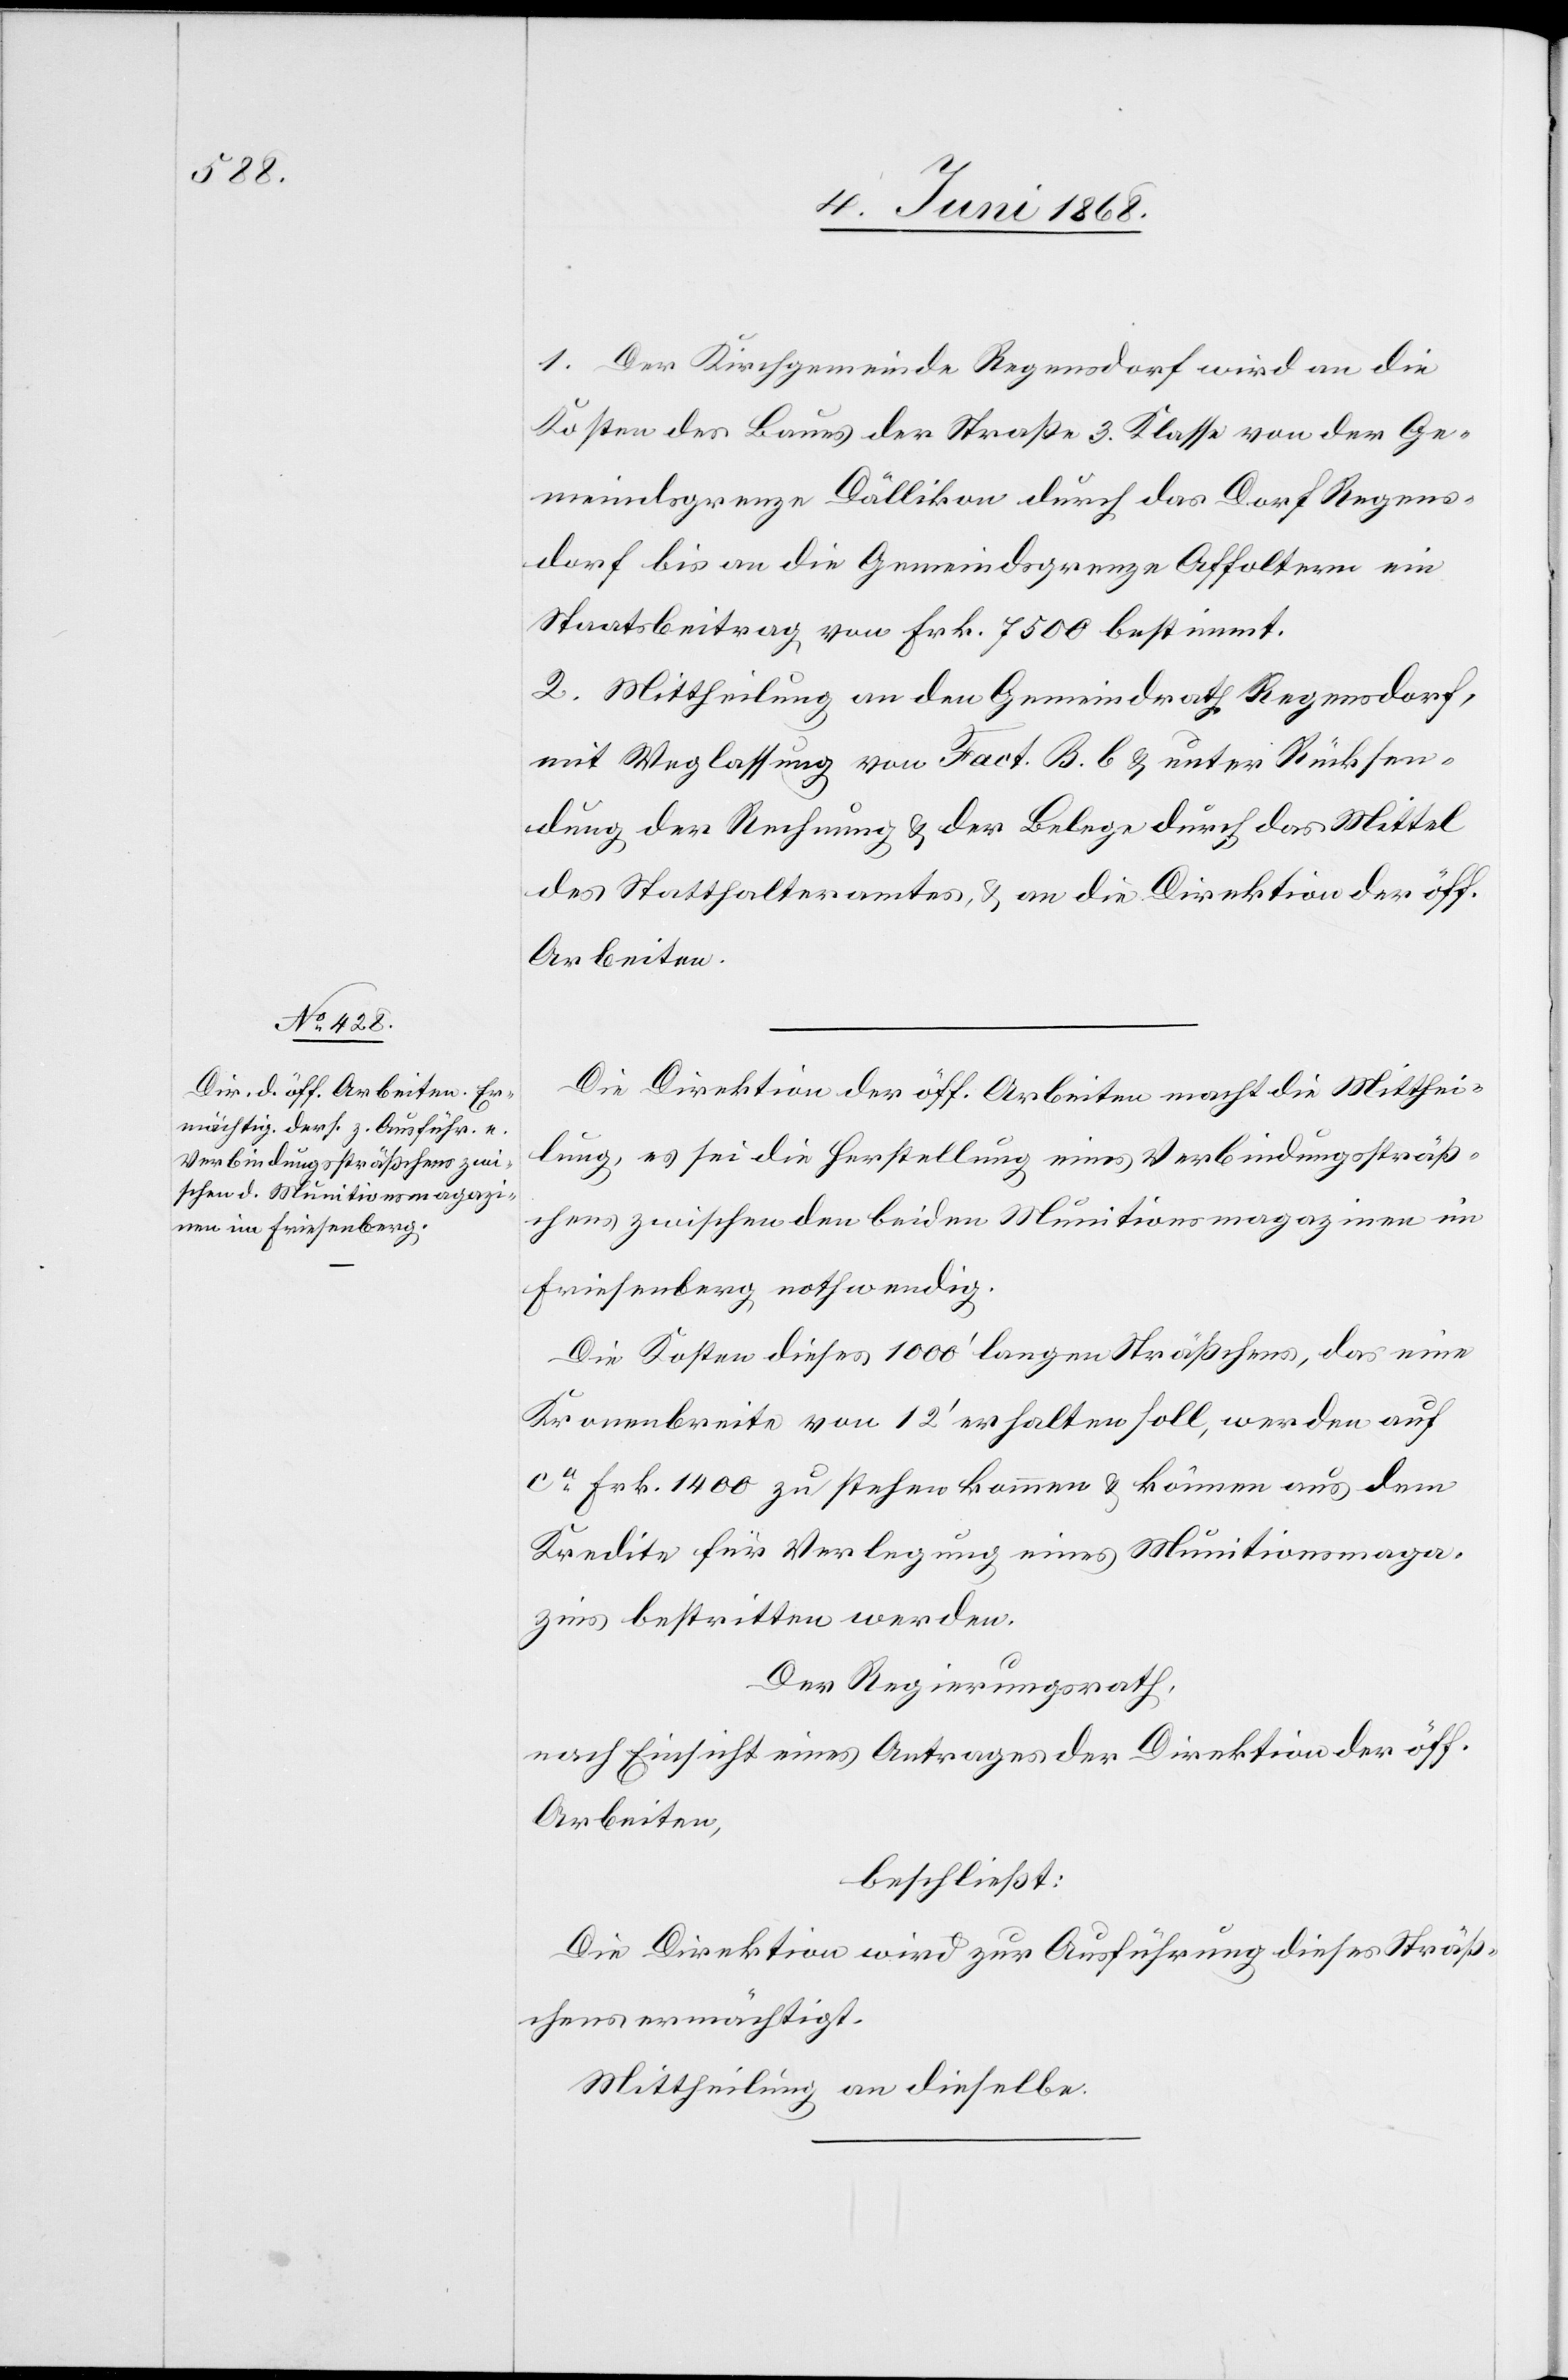
1. Der Kirchgemeinde Regensdorf wird an die
Kosten des Baues der Straße 3. Klasse von der Ge¬
meindsgrenze Dällikon durch das Dorf Regens¬
dorf bis an die Gemeindsgrenze Affoltern ein
Staatsbeitrag von Frk. 7500 bestimmt.
2. Mittheilung an den Gemeindrath Regensdorf,
mit Weglassung von Fact. B. b & unter Rücksen¬
dung der Rechnung & der Belege durch das Mittel
des Statthalteramtes, & an die Direktion der öff.
Arbeiten.
Die Direktion der öff. Arbeiten macht die Mitthei¬
lung, es sei die Herstellung eines Verbindungssträß¬
chens zwischen den beiden Munitionsmagazinen im
Friesenberg nothwendig.
Die Kosten dieses 1000‘ langen Sträßchens, das eine
Kronenbreite von 12‘ erhalten soll, werden auf
ca. Frk. 1400 zu stehen kommen & können aus dem
Kredite für Verlegung eines Munitionsmaga¬
zins bestritten werden.
Der Regierungsrath,
nach Einsicht eines Antrages der Direktion der öff.
Arbeiten,
beschließt:
Die Direktion wird zur Ausführung dieses Sträß¬
chens ermächtigt.
Mittheilung an dieselbe.